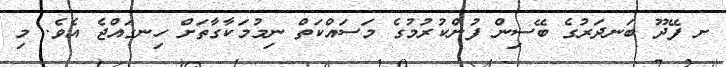
ށ ފޭދޫ ބަނދަރުގެ ބޭސިން ފުންކުރުމުގެ މަސައްކަތް ނިމުމަކާގާތަށް ހިނގައްޖެ އެވެ. މި